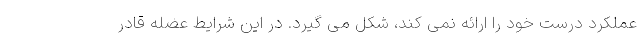
عملکرد درست خود را ارائه نمی کند، شکل می گیرد. در این شرایط عضله قادر